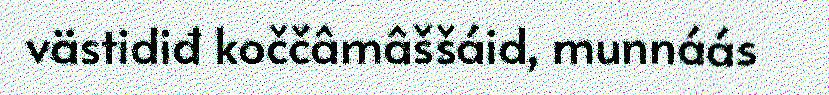
västidiđ koččâmâššáid, munnáás